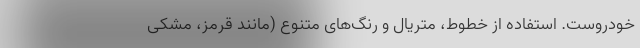
خودروست. استفاده از خطوط، متریال و رنگ‌های متنوع (مانند قرمز، مشکی